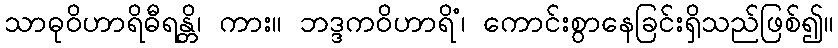
သာဓုဝိဟာရိဓီရန္တိ၊ ကား။ ဘဒ္ဒကဝိဟာရိံ၊ ကောင်းစွာနေခြင်းရှိသည်ဖြစ်၍။